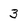
Character: 3